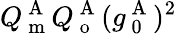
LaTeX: Q_{\mathrm{~m~}}^{\mathrm{~A~}}Q_{\mathrm{~o~}}^{\mathrm{~A~}}(g_{\mathrm{~0~}}^{\mathrm{~A~}})^{2}